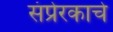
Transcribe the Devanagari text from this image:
संप्रेरकाचे